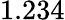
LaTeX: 1.234